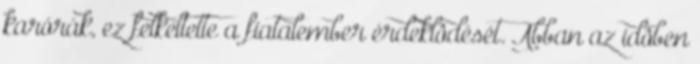
karórák, ez felkeltette a fiatalember érdeklôdését. Abban az idôben